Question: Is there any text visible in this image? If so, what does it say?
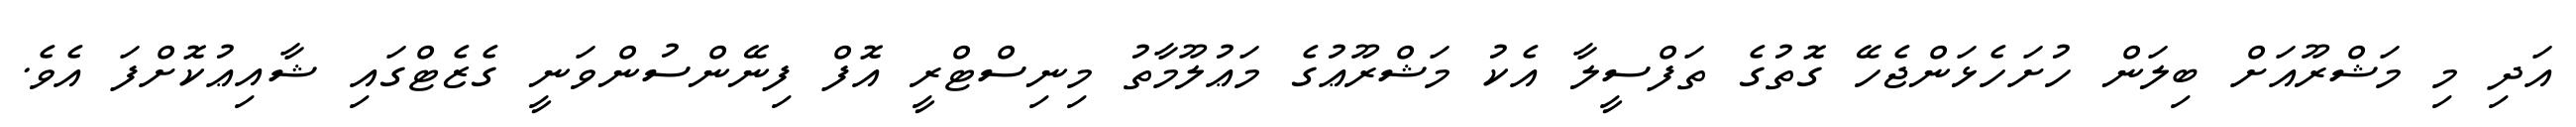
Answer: އަދި މި މަޝްރޫއަށް ބިލަން ހުށަހެޅަންޖެހޭ ގޮތުގެ ތަފްސީލާ އެކު މަޝްރޫޢުގެ މަޢުލޫމާތު މިނިސްޓްރީ އޮފް ފިނޭންސުންވަނީ ގެޒެޓްގައި ޝާއިޢުކޮށްފަ އެވެ.